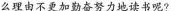
么理由不更加勤奋努力地读书呢?